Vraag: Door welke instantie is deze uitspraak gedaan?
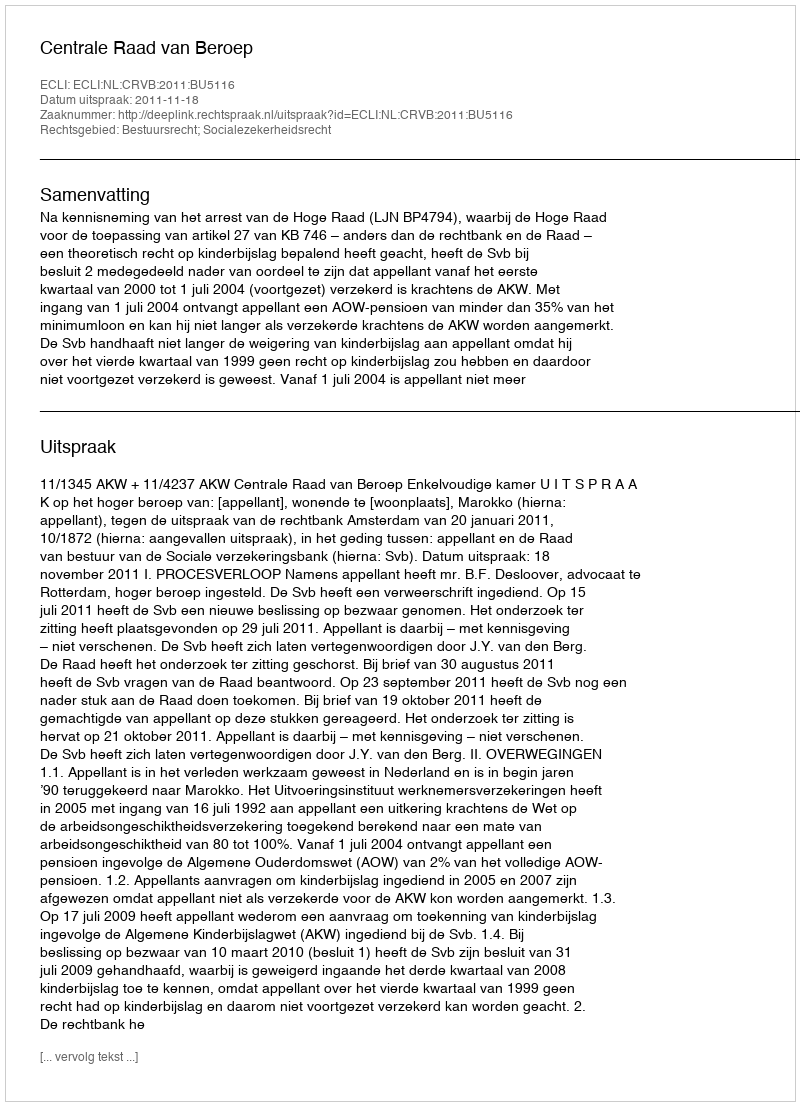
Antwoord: Centrale Raad van Beroep